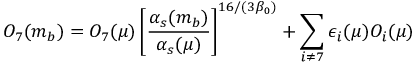
{ \cal O } _ { 7 } ( m _ { b } ) = { \cal O } _ { 7 } ( \mu ) \left[ \frac { \alpha _ { s } ( m _ { b } ) } { \alpha _ { s } ( \mu ) } \right] ^ { 1 6 / ( 3 \beta _ { 0 } ) } + \sum _ { i \neq 7 } \epsilon _ { i } ( \mu ) { \cal O } _ { i } ( \mu )